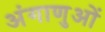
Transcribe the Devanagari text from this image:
अंगाणुओं